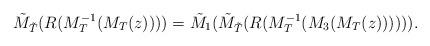
LaTeX: \begin{align*}{\tilde M}_{{\tilde T}}(R(M^{-1}_T (M_T(z))))={\tilde M}_1({\tilde M}_{{\tilde T}}(R(M^{-1}_T(M_3(M_T(z)))))).\end{align*}